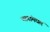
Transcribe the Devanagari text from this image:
भागांमधलं